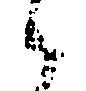
候